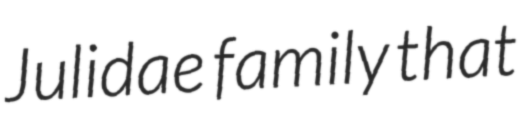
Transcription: Julidae family that